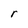
Character: r